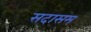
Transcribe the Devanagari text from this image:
सदासम